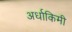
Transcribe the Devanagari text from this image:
अर्धाकिमी